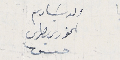
الخوري بطرس حسن